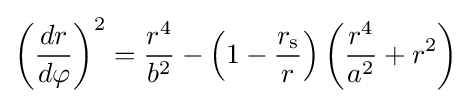
\left({\frac {dr}{d\varphi }}\right)^{2}={\frac {r^{4}}{b^{2}}}-\left(1-{\frac {r_{\text{s}}}{r}}\right)\left({\frac {r^{4}}{a^{2}}}+r^{2}\right)